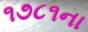
૧૭૮૧ના